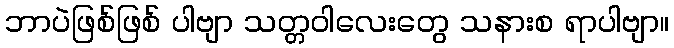
ဘာပဲဖြစ်ဖြစ် ပါဗျာ သတ္တဝါလေးတွေ သနားစ ရာပါဗျာ။